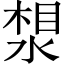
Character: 𪶛